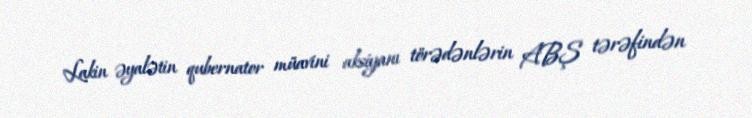
Lakin əyalətin qubernator müavini aksiyanı törədənlərin ABŞ tərəfindən